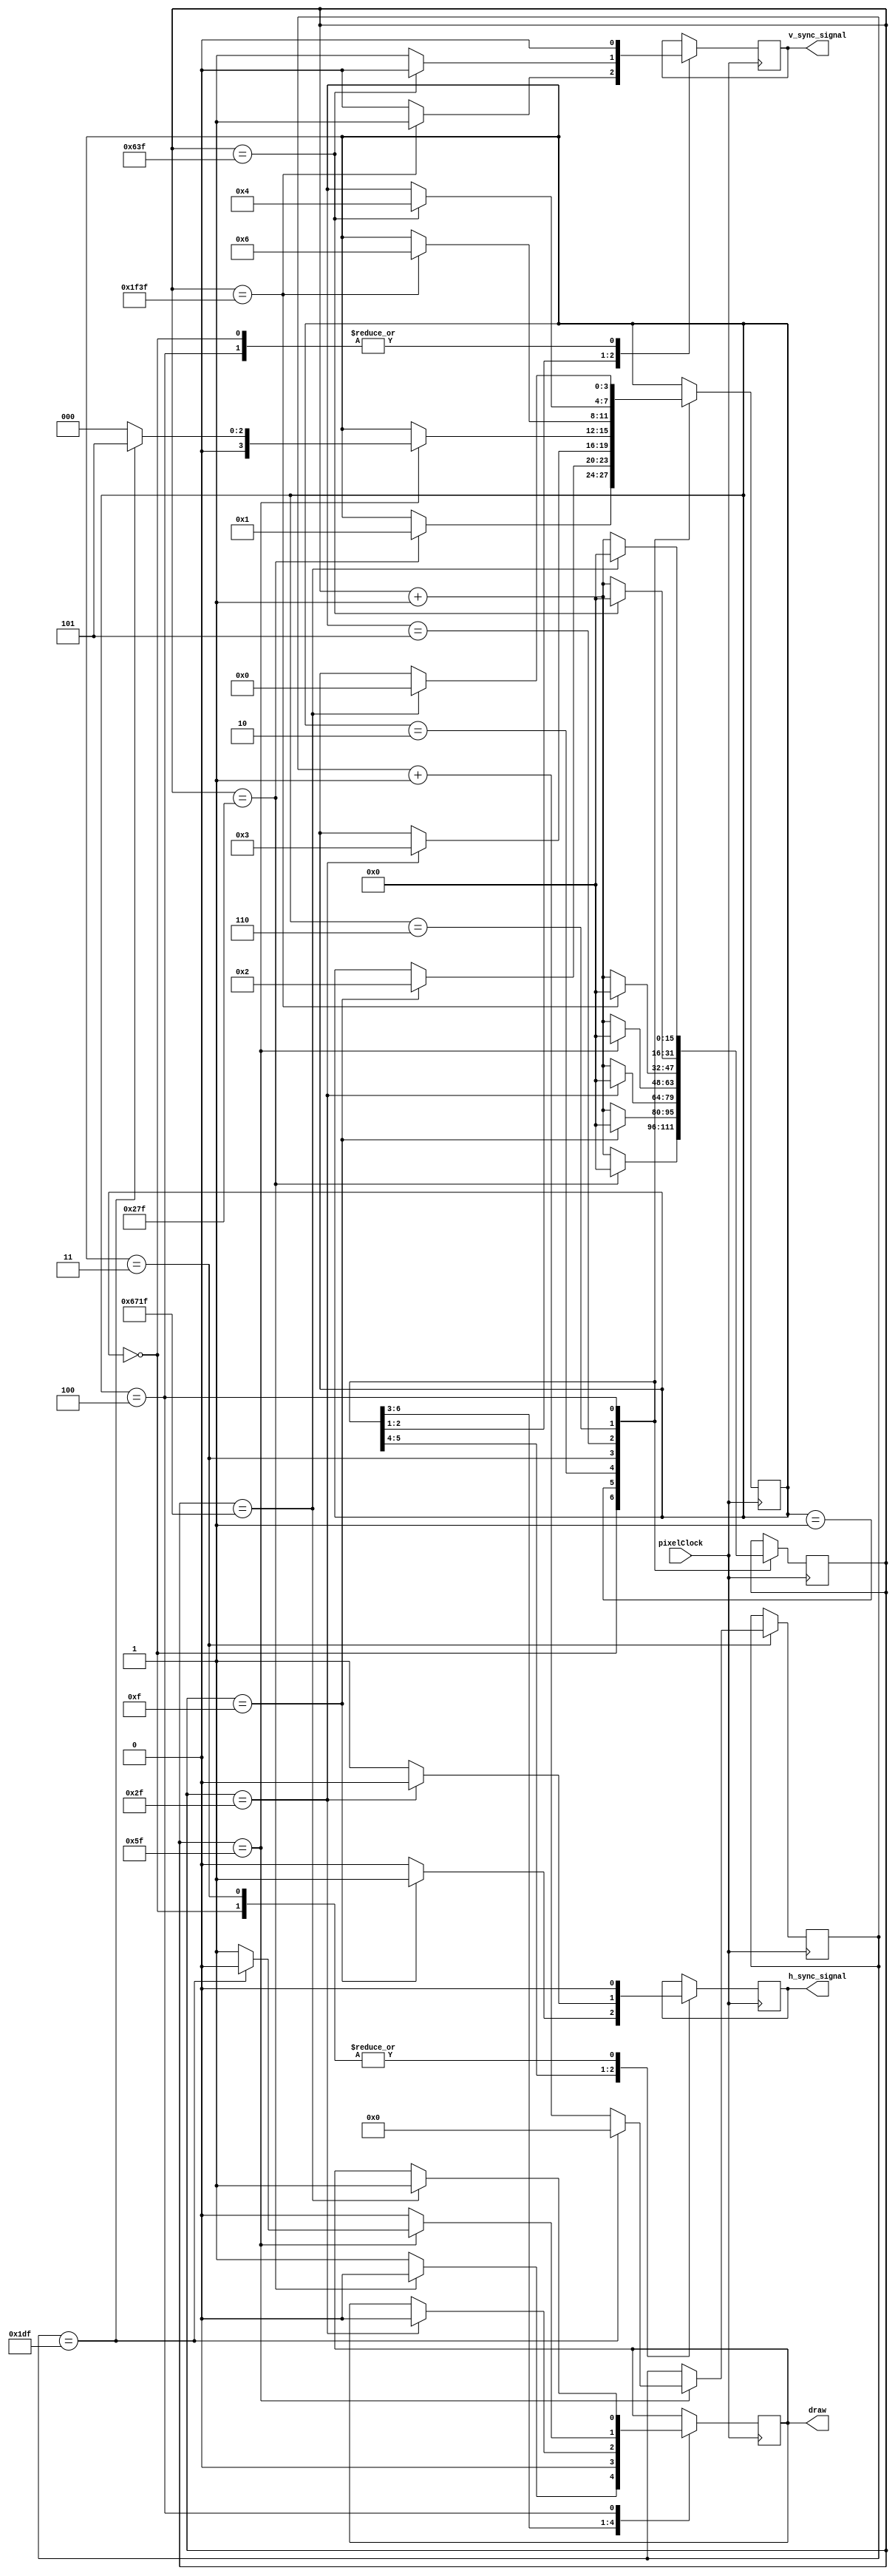
module msync(pixelClock,h_sync_signal,v_sync_signal,draw);
input wire pixelClock;
output reg h_sync_signal,v_sync_signal,draw;

//**********Caracterisitcas de la pantalla*********************
parameter h_whith = 640; //ancho en pixeles de la pantalla
parameter h_front_porch=16;//tiempo en pixleclocks de el pulso de h sync
parameter h_back_porch=96;
parameter h_sync_pulse=48;

parameter one_row= h_whith + h_front_porch + h_back_porch + h_sync_pulse;

parameter v_whith = 480;
parameter v_front_porch=10 * one_row;
parameter v_back_porch=33 * one_row;
parameter v_sync_pulse=2 *one_row;
//******fin Caracterisitcas de la pantalla*********************

//********Estados de la FSM*******************
parameter st_printing_line=0;

parameter st_h_fp=1;
parameter st_h_sync=2;
parameter st_h_bp=3;

parameter st_v_bp=4;
parameter st_v_fp=5;
parameter st_v_sync=6;

//*******fin Estados de la FSM***************



 reg[15:0] h_count=0;//contador de columnas y tambien utilizado para contar pulsos de clocks
 reg[8:0] v_count=0;//contador de filas
 reg[3:0] state=0;// estados de la fsm

 always @ (posedge pixelClock) begin
    case(state)
        st_printing_line: begin
            
            h_sync_signal=0;
            v_sync_signal=0;
            draw=1;
            if (h_count==(h_whith-1)) begin // si ya se mandaron todos los pixeles, paso a generar la seal de h syn para el monitor
                state=st_h_fp;
                h_count=0;
                draw=0;

            end else begin
                h_count=h_count+1; // aumento el contador de pixeles
            end

        end

        st_h_fp: begin
            draw=0;
            h_sync_signal=0;
            if (h_count==(h_front_porch-1)) begin
                state=st_h_sync;
                h_count=0;
                h_sync_signal=1;
            end else begin
                h_count=h_count+1;
            end
        end

        st_h_sync: begin
            h_sync_signal=1;
            if (h_count==(h_sync_pulse-1)) begin
                state=st_h_bp;
                h_count=0;
                draw=0;
                h_sync_signal=0;
            end else begin
                h_count=h_count+1;
            end
        end

        st_h_bp: begin
            draw=0;
            h_sync_signal=0;
            if (h_count==(h_back_porch-1)) begin//termine de enviar la seal de sincronismo
                h_count=0;
                if(v_count==(v_whith-1))begin//chequeo si ya imprimi todas las filas
                    v_count=0;
                    state=st_v_fp;
                end else begin//como no se imprimieron todas las filas vuelvo al comienzo
                    v_count=v_count+1;
                    state=st_printing_line;
                    draw=1;
                end
               
            end else begin
                h_count=h_count+1;
            end
        end

        st_v_fp: begin
            v_sync_signal=0;
            if (h_count==(v_front_porch-1)) begin
                state=st_v_sync;
                h_count=0;
                v_sync_signal=1;
            end else begin
                h_count=h_count+1;
            end
        end
        st_v_sync:begin
            v_sync_signal=1;
            if (h_count==(v_sync_pulse-1)) begin
                state=st_v_bp;
                h_count=0;
                v_sync_signal=0;
            end else begin
                h_count=h_count+1;
            end 
        end

        st_v_bp:begin
            v_sync_signal=0;
            if (h_count==(v_back_porch-1)) begin
                state=st_printing_line;
                h_count=0;
                draw=1;
            end else begin
                h_count=h_count+1;
            end 
        end
        
        default: begin
        end

    endcase

 end







endmodule